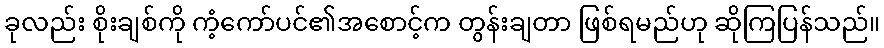
ခုလည်း စိုးချစ်ကို ကံ့ကော်ပင်၏အစောင့်က တွန်းချတာ ဖြစ်ရမည်ဟု ဆိုကြပြန်သည်။